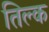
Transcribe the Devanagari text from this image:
तिल्क